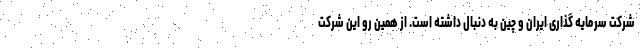
شرکت سرمایه گذاری ایران و چین به دنبال داشته است. از همین رو این شرکت